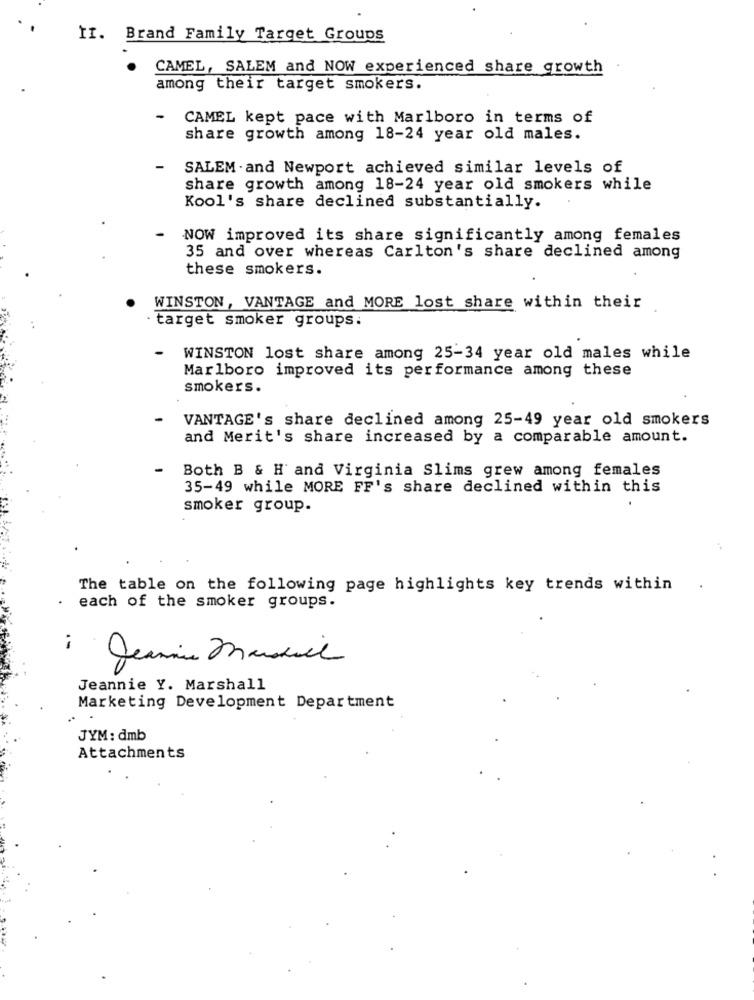
II. Brand Family Target Groups
CAMEL, SALEM and NOW experienced share growth
among their target smokers.
-
CAMEL kept pace with Marlboro in terms of
share growth among 18-24 year old males.
-
SALEM . and Newport achieved similar levels of
share growth among 18-24 year old smokers while
Kool's share declined substantially.
NOW improved its share significantly among females
35 and over whereas Carlton's share declined among
these smokers.
WINSTON, VANTAGE and MORE lost share within their
. target smoker groups:
WINSTON lost share among 25-34 year old males while
Marlboro improved its performance among these
smokers.
VANTAGE's share declined among 25-49 year old smokers
and Merit's share increased by a comparable amount.
Both B & H and Virginia Slims grew among females
35-49 while MORE FF's share declined within this
smoker group.
The table on the following page highlights key trends within
each of the smoker groups.
Jeannie Y. Marshall
Marketing Development Department
JYM: dmb
Attachments